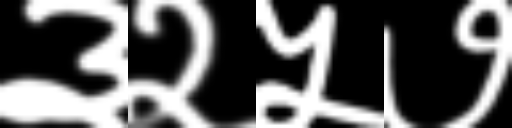
Text: ३२५७